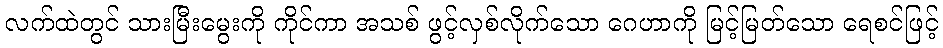
လက်ထဲတွင် သားမြီးမွေးကို ကိုင်ကာ အသစ် ဖွင့်လှစ်လိုက်သော ဂေဟာကို မြင့်မြတ်သော ရေစင်ဖြင့်